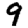
Digit: 9